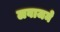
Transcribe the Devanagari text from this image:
लवाजमे